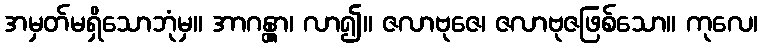
အမှတ်မရှိသောဘုံမှ။ အာဂန္တွာ၊ လာ၍။ ဇလာဗုဇေ၊ ဇလာဗုဇဖြစ်သော။ ကုလေ၊